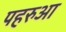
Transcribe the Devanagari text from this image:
पहरुआ